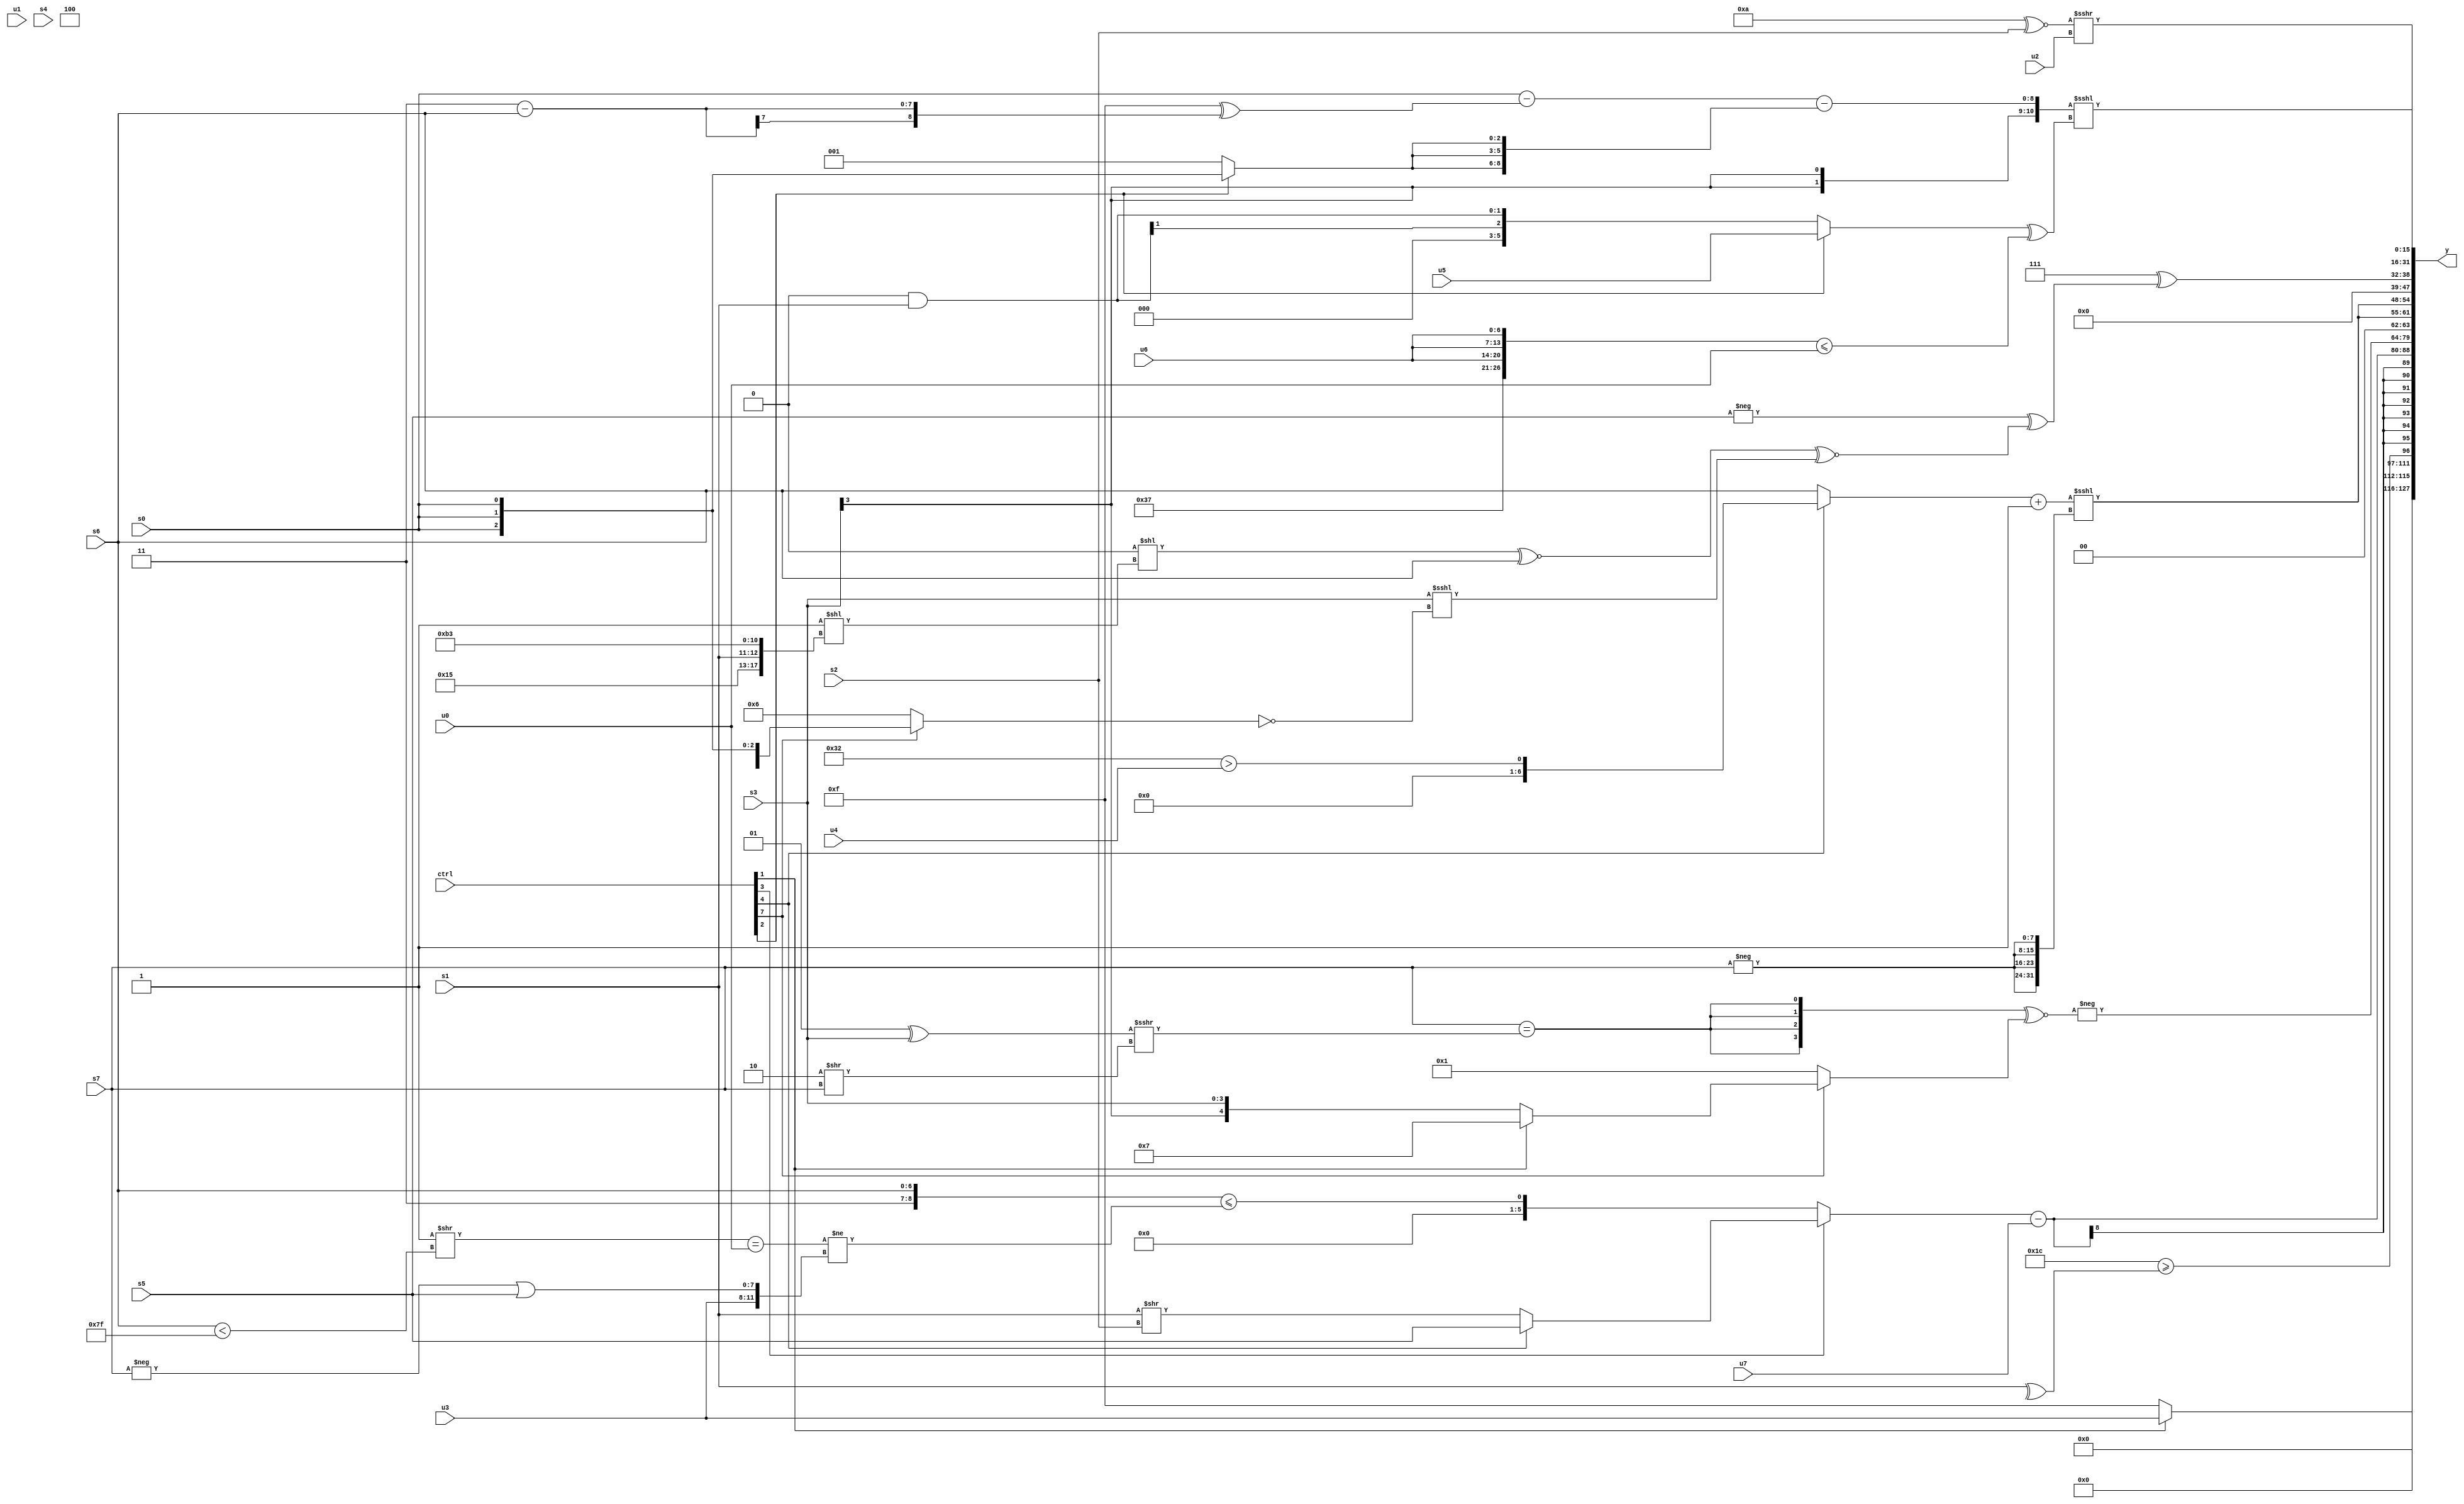
module wideexpr_00053(ctrl, u0, u1, u2, u3, u4, u5, u6, u7, s0, s1, s2, s3, s4, s5, s6, s7, y);
  input [7:0] ctrl;
  input [0:0] u0;
  input [1:0] u1;
  input [2:0] u2;
  input [3:0] u3;
  input [4:0] u4;
  input [5:0] u5;
  input [6:0] u6;
  input [7:0] u7;
  input signed [0:0] s0;
  input signed [1:0] s1;
  input signed [2:0] s2;
  input signed [3:0] s3;
  input signed [4:0] s4;
  input signed [5:0] s5;
  input signed [6:0] s6;
  input signed [7:0] s7;
  output [127:0] y;
  wire [15:0] y0;
  wire [15:0] y1;
  wire [15:0] y2;
  wire [15:0] y3;
  wire [15:0] y4;
  wire [15:0] y5;
  wire [15:0] y6;
  wire [15:0] y7;
  assign y = {y0,y1,y2,y3,y4,y5,y6,y7};
  assign y0 = (ctrl[1]?u3:4'sb1111);
  assign y1 = (^($signed($signed(6'b100010))))!=((5'sb11100)>=(+(^(s1))));
  assign y2 = ((ctrl[3]?$unsigned((ctrl[4]?s5:($signed(s1))>>(s2))):({(2'sb11)>>>(4'sb1101),s6})<=((((^(1'sb1))>>((s6)<(-(1'b1))))==(u0))!=({u3,+((-(s7))|($signed(s5)))}))))-($signed(u7));
  assign y3 = -(({4{+((s7)==(((2'sb01)^(s3))>>>((2'sb10)>>(s7))))}})^~({1{$unsigned($signed((ctrl[7]?(ctrl[1]?5'sb00111:s3):(5'sb01101)&(3'sb001))))}}));
  assign y4 = {2{$signed((((ctrl[4]?(6'b110010)>(u4):s6))+((5'b00111)&((2'b01)<<(3'b000))))<<<({4{-(s7)}}))}};
  assign y5 = (5'sb00111)^($unsigned($signed((-(s5))^((((2'sb00)<<((1'sb1)<<({5'sb10101,s1,6'sb000101,5'sb10011})))^~(s6))^~((s3)<<<(~(+((ctrl[7]?s0:5'sb00110)))))))));
  assign y6 = ((+(5'sb01010))^~(+($unsigned($signed(s2)))))>>>(u2);
  assign y7 = ($signed({{1{~|(((5'b11110)==(5'b10000))&($unsigned(3'sb011)))}},(((2'sb01)>>>((s4)|(1'sb1)))|({(s0)<<<(1'sb0)}))>>(3'sb101),$unsigned((s3)>>>($signed($unsigned(4'b1110)))),((s0)-((5'sb01111)^((4'sb0011)-(s6))))-({3{(ctrl[2]?(s0)>>>(3'b101):3'sb001)}})}))<<<({((ctrl[2]?u5:$signed(((s2)>>(6'sb011010))&($signed(s1)))))^($signed(({(6'sb110110)+(1'b1),{3{u6}}})<=(u0)))});
endmodule